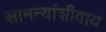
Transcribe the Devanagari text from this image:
सामन्यांशीवाय